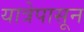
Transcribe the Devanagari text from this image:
यात्रेपासून